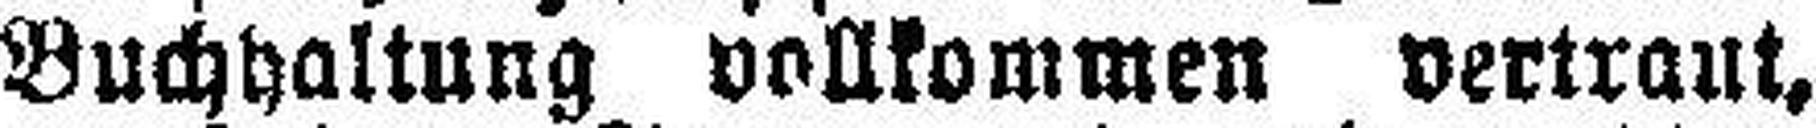
Buchhaltung vollkommen vertraut,